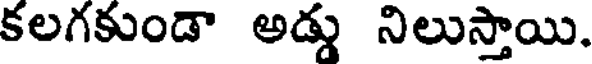
కలగకుండా అడ్డు నిలుస్తాయి.